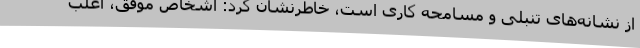
از نشانه‌های تنبلی و مسامحه کاری است، خاطرنشان کرد: اشخاص موفق، اغلب